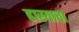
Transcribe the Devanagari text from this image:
हास्याचा